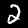
Label: 2